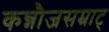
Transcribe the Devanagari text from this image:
कन्नौजसम्राट्